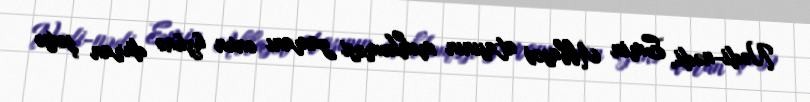
Nədi-nədi, Emin Abbasov atasının məhkəməsi zamanı onun üzünə duran şəxsə